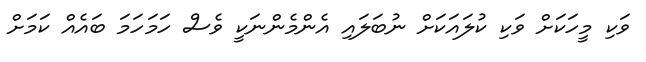
ވަކި މީހަކަށް ވަކި ކުލައަކަށް ނުބަލައި އެންމެންނަކީ ވެސް ހަމަހަމަ ބައެއް ކަމަށް